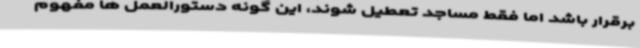
برقرار باشد اما فقط مساجد تعطیل شوند، این گونه دستورالعمل ها مفهوم